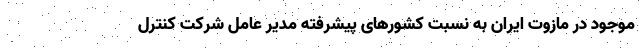
موجود در مازوت ایران به نسبت کشورهای پیشرفته مدیر عامل شرکت کنترل